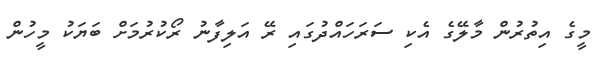
މީގެ އިތުރުން މާލޭގެ އެކި ސަރަހައްދުގައި ރޭ އަލިފާނު ރޯކުރުމަށް ބަޔަކު މީހުން